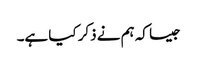
جیسا کہ ہم نے ذکر کیا ہے۔